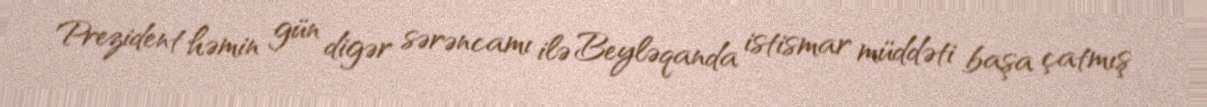
Prezident həmin gün digər sərəncamı ilə Beyləqanda istismar müddəti başa çatmış